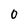
Character: O